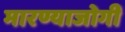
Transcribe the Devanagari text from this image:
मारण्याजोगी